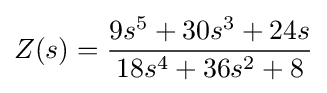
Z(s)={\frac {9s^{5}+30s^{3}+24s}{18s^{4}+36s^{2}+8}}